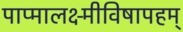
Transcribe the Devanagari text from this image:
पाप्मालक्ष्मीविषापहम्